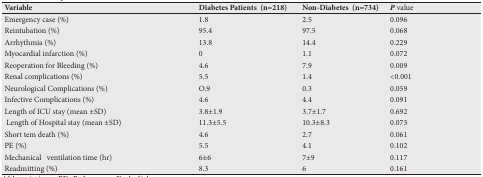
| Variable | Diabetes Patients (n=218) | Non-Diabetes (n=734) | P value |
 | --- | --- | --- | --- |
 | Emergency case (%) | 1.8 | 2.5 | 0.096 |
 | Reintubation (%) | 95.4 | 97.5 | 0.068 |
 | Arrhythmia (%) | 13.8 | 14.4 | 0.229 |
 | Myocardial infarction (%) | 0 | 1.1 | 0.072 |
 | Reoperation for Bleeding (%) | 4.6 | 7.9 | 0.009 |
 | Renal complications (%) | 5.5 | 1.4 | <0.001 |
 | Neurological Complications (%) | O.9 | 0.3 | 0.059 |
 | Infective Complications (%) | 4.6 | 4.4 | 0.091 |
 | Length of ICU stay (mean ±SD) | 3.8±1.9 | 3.7±1.7 | 0.692 |
 | Length of Hospital stay (mean ±SD) | 11.3±5.5 | 10.3±8.3 | 0.073 |
 | Short tem death (%) | 4.6 | 2.7 | 0.061 |
 | PE(%) | 5.5 | 4.1 | 0.102 |
 | Mechanical ventilation time (hr) | 6±6 | 7±9 | 0.117 |
 | Readmitting (%) | 8.3 | 6 | 0.161 |